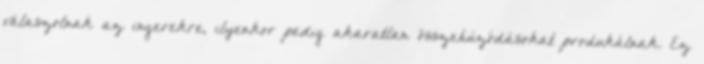
válaszolnak az ingerekre, ilyenkor pedig akaratlan összehúzódásokat produkálnak. Ez